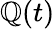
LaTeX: \mathbb{Q}(t)